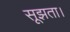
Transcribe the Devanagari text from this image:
सूझता।